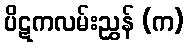
ပိဋကလမ်းညွှန် (က)